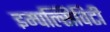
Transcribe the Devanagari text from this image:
इम्पल्सिविटी